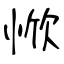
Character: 惞